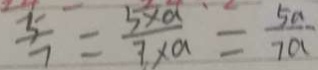
\frac { 5 } { 7 } = \frac { 5 \times a } { 7 \times a } = \frac { 5 a } { 7 a }